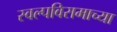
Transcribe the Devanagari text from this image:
स्वल्पविरामाच्या